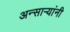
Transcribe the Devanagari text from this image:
अन्साऱ्यांनी